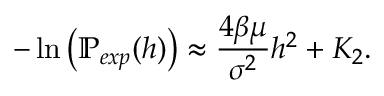
- \ln { \left( \mathbb { P } _ { e x p } ( h ) \right) } \approx \frac { 4 \beta \mu } { \sigma ^ { 2 } } h ^ { 2 } + K _ { 2 } .